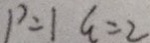
P = 1 q = 2